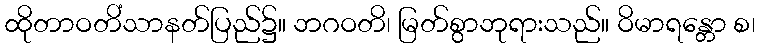
ထိုတာဝတိံသာနတ်ပြည်၌။ ဘဂဝတိ၊ မြတ်စွာဘုရားသည်။ ဝိမာရန္တော စ၊